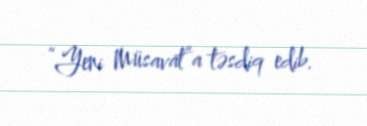
“Yeni Müsavat”a təsdiq edib.